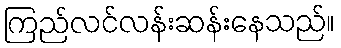
ကြည်လင်လန်းဆန်းနေသည်။